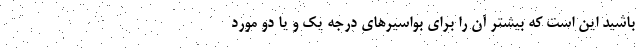
باشید این است که بیشتر آن را برای بواسیرهای درجه یک و یا دو مورد